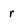
Character: r